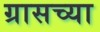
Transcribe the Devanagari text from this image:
ग्रासच्या